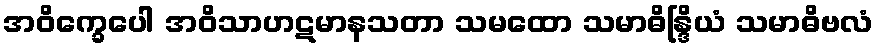
အဝိက္ခေပေါ အဝိသာဟဋမာနသတာ သမထော သမာဓိန္ဒြိယံ သမာဓိဗလံ